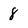
Character: 8